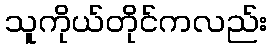
သူကိုယ်တိုင်ကလည်း